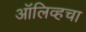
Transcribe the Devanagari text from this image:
ऑलिव्हचा